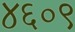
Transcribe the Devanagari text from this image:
४६०९